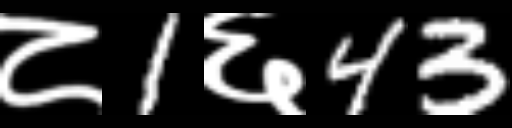
Text: ८1६43